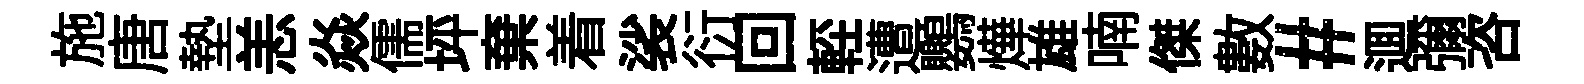
施唐墊恙焱儒坪棄着裟衍回䡖遭鸚燁雄喃傑數#逥彌咨